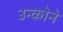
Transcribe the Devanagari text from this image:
उन्कोने